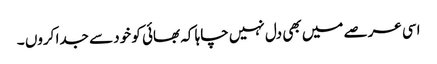
اسی عرصے میں بھی دل نہیں چاہا کہ بھائی کو خود سے جدا کروں ۔